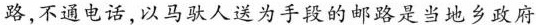
路，不通电话，以马驮人送为手段的邮路是当地乡政府